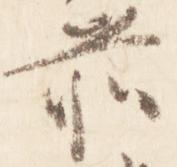
前